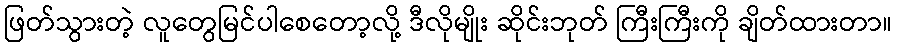
ဖြတ်သွားတဲ့ လူတွေမြင်ပါစေတော့လို့ ဒီလိုမျိုး ဆိုင်းဘုတ် ကြီးကြီးကို ချိတ်ထားတာ။